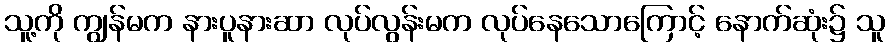
သူ့ကို ကျွန်မက နားပူနားဆာ လုပ်လွန်းမက လုပ်နေသောကြောင့် နောက်ဆုံး၌ သူ